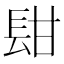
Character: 𨱫